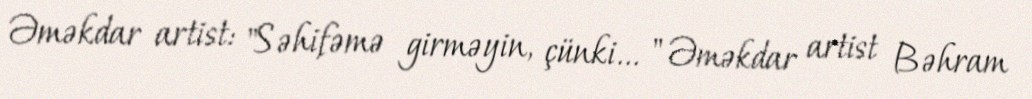
Əməkdar artist: "Səhifəmə girməyin, çünki... " Əməkdar artist Bəhram